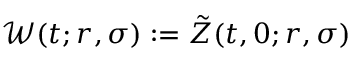
\mathcal { W } ( t ; r , \sigma ) : = \tilde { Z } ( t , 0 ; r , \sigma )